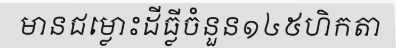
មានជម្លោះដីធ្លីចំនួន១៤៥ហិកតា